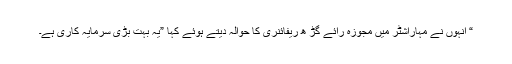
“ انہوں نے مہاراشٹر میں مجوزہ رائے گڑ ھ ریفائنری کا حوالہ دیتے ہوئے کہا ”یہ بہت بڑی سرمایہ کاری ہے۔